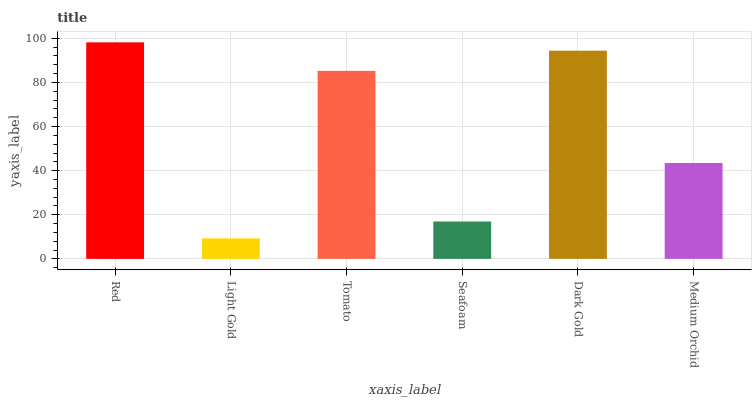
| xaxis_label | bars |
 | --- | --- |
 | Red | 98.2 |
 | Light Gold | 9.31 |
 | Tomato | 85.3 |
 | Seafoam | 16.9 |
 | Dark Gold | 94.4 |
 | Medium Orchid | 43.5 |